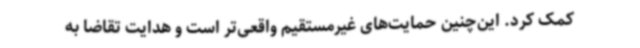
کمک کرد. این‌چنین حمایت‌های غیرمستقیم واقعی‌تر است و هدایت تقاضا به